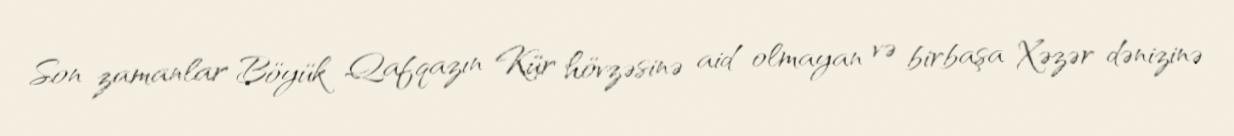
Son zamanlar Böyük Qafqazın Kür hövzəsinə aid olmayan və birbaşa Xəzər dənizinə